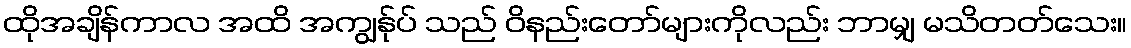
ထိုအချိန်ကာလ အထိ အကျွန်ုပ် သည် ဝိနည်းတော်များကိုလည်း ဘာမျှ မသိတတ်သေး။